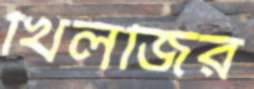
খিলজির